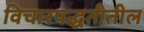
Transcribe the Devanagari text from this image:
विचारपद्धतीतील